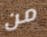
من